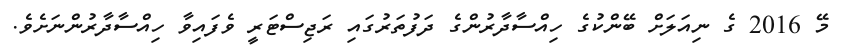
މޭ 2016 ގެ ނިއަލަށް ބޭންކުގެ ހިއްސާދާރުންގެ ދަފުތަރުގައި ރަޖިސްޓަރީ ވެފައިވާ ހިއްސާދާރުންނަށެވެ.